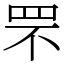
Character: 罘